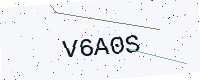
Text: V6A0S